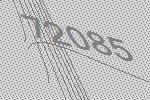
72085